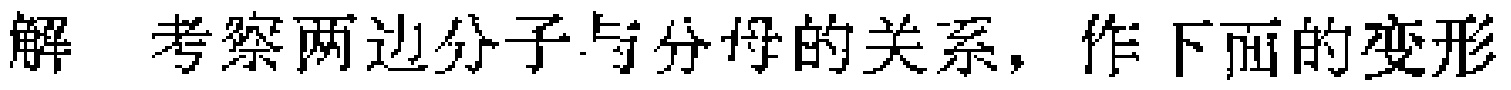
解 考察两边分子与分母的关系，作下面的变形